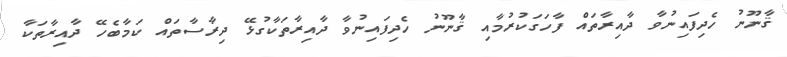
ޤާނޫނު ހެދިފައިނުވާ ދާއިރާތައް ފާހަގަކުރުމާއި ޤާނޫނު ހެދިފައިނުވާ ދާއިރާތަކާގުޅޭ ދިރާސާތައް ކަމާބެހޭ ދާއިރާތަކާ